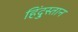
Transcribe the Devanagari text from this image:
हिंदु्स्तान